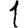
Digit: 1